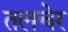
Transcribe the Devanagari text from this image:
तलचेर